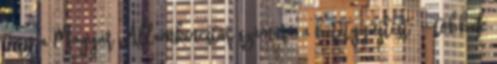
teszi a Magyar Államkincstár számára a betétgyűjtést" - többek